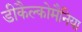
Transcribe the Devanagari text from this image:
डीकैल्कोमैनिया